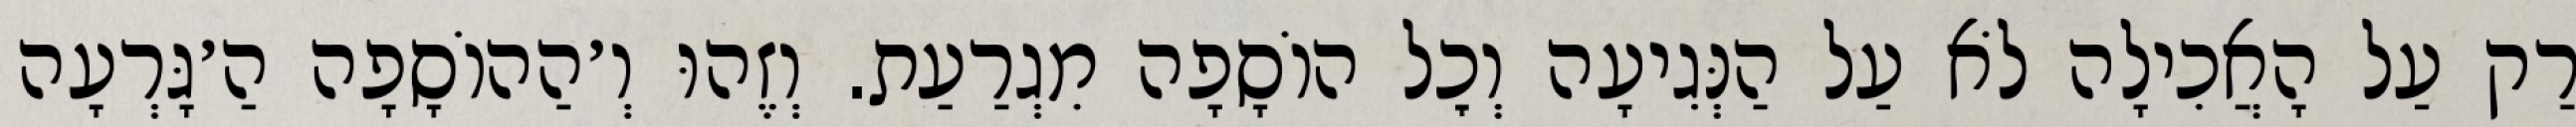
רַק עַל הָאֲכִילָה לֹא עַל הַנְּגִיעָה וְכׇל הוֹסָפָה מִגְרַעַת. וְזֶהוּ וְ׳הַהוֹסָפָה הַ׳גָּרְעָה